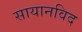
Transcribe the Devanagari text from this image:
सायानविद